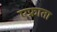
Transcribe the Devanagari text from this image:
एफ्राता